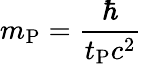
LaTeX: m_{\mathrm{P}}={\frac{\hbar}{t_{\mathrm{P}}c^{2}}}